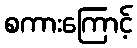
စကားကြောင့်